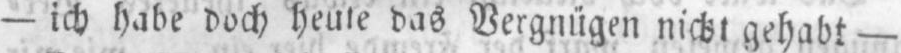
- ich habe doch heute das Vergnügen nicht gehabt -